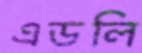
এডলি